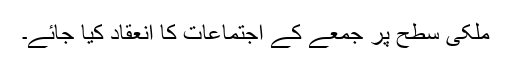
ملکی سطح پر جمعے کے اجتماعات کا انعقاد کیا جائے۔